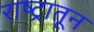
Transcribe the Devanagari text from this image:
राष्ट्रातून